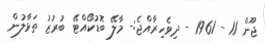
ޖޫން 11 - 1961 - ދިވެހިރާއްޖެ:- މާލޭ ބޮޑުކޯއްޓޭ ބުރުޒު ތަޅާލުން